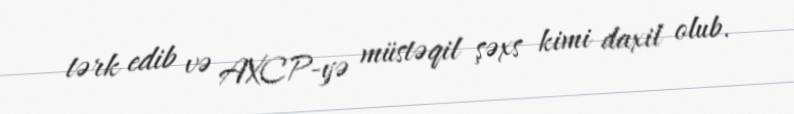
tərk edib və AXCP-yə müstəqil şəxs kimi daxil olub.